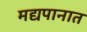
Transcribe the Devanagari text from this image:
मद्यपानात